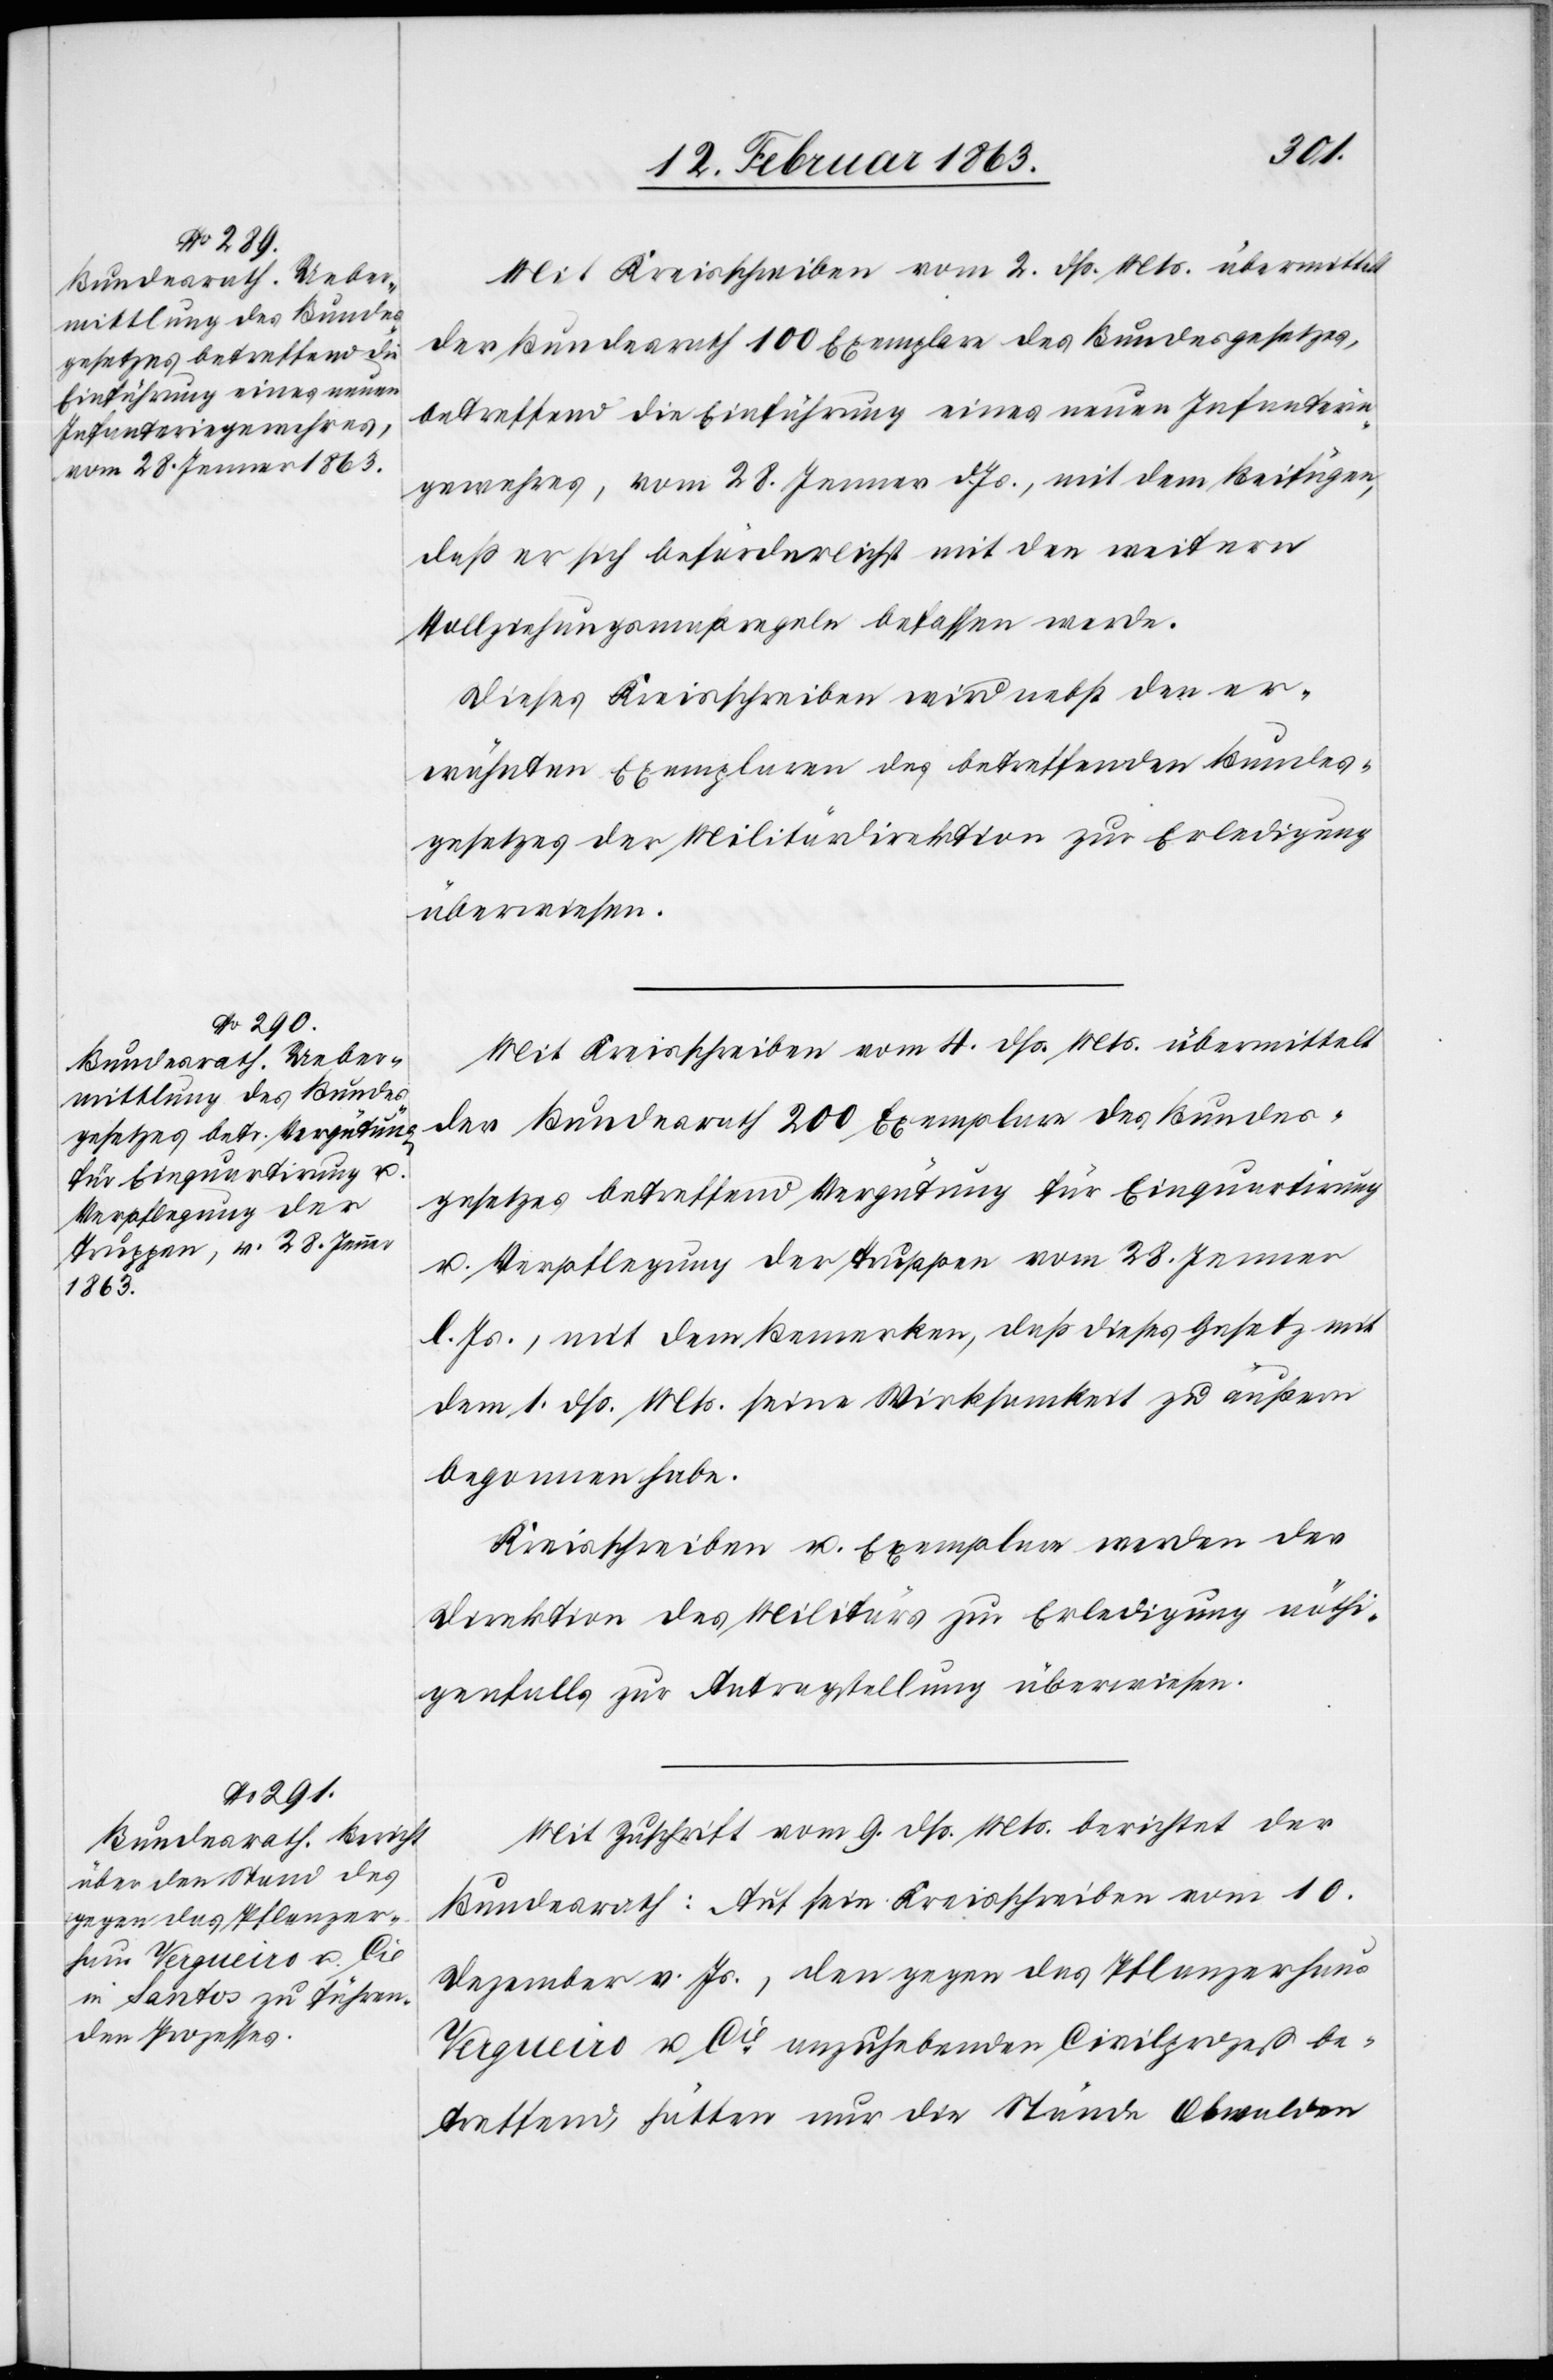
Mit Kreisschreiben vom 4. dß. Mts. übermittelt
der Bundesrath 100 Exemplare des Bundesgesetzes
betreffend die Einführung eines neuen Infanterie¬
gewehres, vom 28. Jenner d. Js., mit dem Beifügen,
daß er sich beförderlichst mit den weitern
Vollziehungsmaßregeln befassen werde.
Dieses Kreisschreiben wird nebst den er¬
wähnten Exemplaren des betreffenden Bundes¬
gesetzes der Militärdirektion zur Erledigung
überwiesen.
der Bundesrath 200 Exemplare des Bundes¬
gesetzes betreffend Vergütung für Einquartirung
u. Verpflegung der Truppen vom 28. Jenner
l. Js., mit dem Bemerken, daß dieses Gesetz mit
dem 1. dß. Mts. seine Wirksamkeit zu äußern
begonnen habe.
Kreisschreiben u. Exemplare werden der
Direktion des Militärs zur Erledigung nöthi¬
genfalls zur Antragstellung überwiesen.
Mit Zuschrift vom 9. dß. Mts. berichtet der
Bundesrath: Auf sein Kreisschreiben vom 10.
Dezember v. Js., den gegen das Pflanzerhaus
Vergueiro u. Cie anzuhebenden Civilprozeß be¬
treffend hätten nur die Stände Obwalden